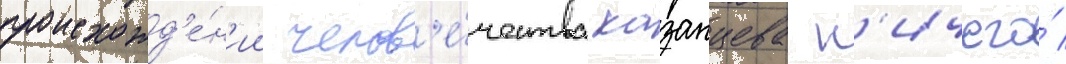
происхожд'е́н'ии челов'е́чества казанцева н'ичего́